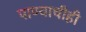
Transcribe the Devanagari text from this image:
पाण्याचीही